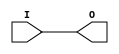
///////////////////////////////////////////////////////////////////////////////
// Copyright (c) 1995/2015 Xilinx, Inc.
// All Right Reserved.
///////////////////////////////////////////////////////////////////////////////
//   ____  ____
//  /   /\/   /
// /___/  \  /    Vendor : Xilinx
// \   \   \/     Version : 2015.4
//  \   \         Description : Xilinx Formal Library Component
//  /   /                  H Clock Buffer
// /___/   /\     Filename : BUFH.v
// \   \  /  \
//  \___\/\___\
//
///////////////////////////////////////////////////////////////////////////////
// Revision:
//    04/08/08 - Initial version.
//    09//9/08 - Change to use BUFHCE according to yaml.
//    11/11/08 - Change to not use BUFHCE.
// End Revision
///////////////////////////////////////////////////////////////////////////////

`timescale  1 ps / 1 ps

`celldefine

module BUFH (O, I);

`ifdef XIL_TIMING //Simprim
 
  parameter LOC = "UNPLACED";

`endif

    output O;

    input  I;


    buf B1 (O, I);

endmodule

`endcelldefine